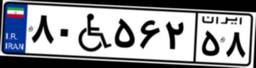
۸۰W۵۶۲۵۸